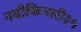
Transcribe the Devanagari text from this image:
नदीकिनारी३५